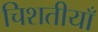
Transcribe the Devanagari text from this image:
चिशतीयाँ